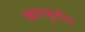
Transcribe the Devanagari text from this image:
खारफुटीत